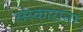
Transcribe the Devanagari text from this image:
संस्काराना